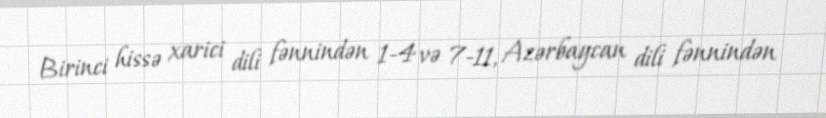
Birinci hissə xarici dili fənnindən 1-4 və 7-11, Azərbaycan dili fənnindən